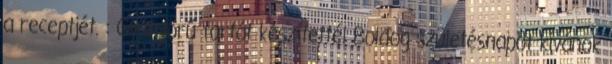
a receptjét. : Gyönyörű tortát készítettél Boldog születésnapot kívánok